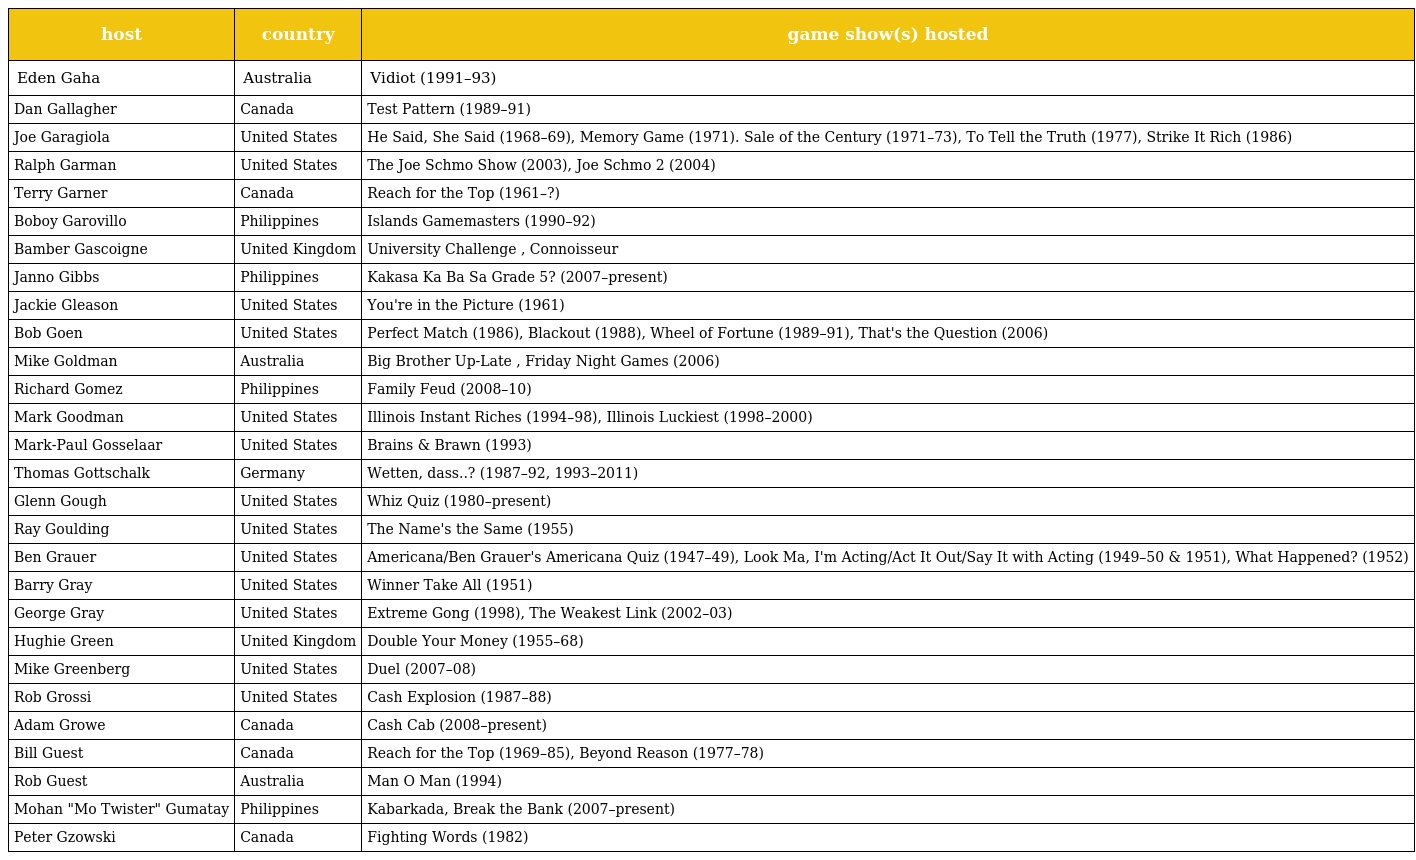
| host | country | game show(s) hosted |
 | --- | --- | --- |
 | Eden Gaha | Australia | Vidiot (1991–93) |
 | Dan Gallagher | Canada | Test Pattern (1989–91) |
 | Joe Garagiola | United States | He Said, She Said (1968–69), Memory Game (1971). Sale of the Century (1971–73), To Tell the Truth (1977), Strike It Rich (1986) |
 | Ralph Garman | United States | The Joe Schmo Show (2003), Joe Schmo 2 (2004) |
 | Terry Garner | Canada | Reach for the Top (1961–?) |
 | Boboy Garovillo | Philippines | Islands Gamemasters (1990–92) |
 | Bamber Gascoigne | United Kingdom | University Challenge , Connoisseur |
 | Janno Gibbs | Philippines | Kakasa Ka Ba Sa Grade 5? (2007–present) |
 | Jackie Gleason | United States | You're in the Picture (1961) |
 | Bob Goen | United States | Perfect Match (1986), Blackout (1988), Wheel of Fortune (1989–91), That's the Question (2006) |
 | Mike Goldman | Australia | Big Brother Up-Late , Friday Night Games (2006) |
 | Richard Gomez | Philippines | Family Feud (2008–10) |
 | Mark Goodman | United States | Illinois Instant Riches (1994–98), Illinois Luckiest (1998–2000) |
 | Mark-Paul Gosselaar | United States | Brains & Brawn (1993) |
 | Thomas Gottschalk | Germany | Wetten, dass..? (1987–92, 1993–2011) |
 | Glenn Gough | United States | Whiz Quiz (1980–present) |
 | Ray Goulding | United States | The Name's the Same (1955) |
 | Ben Grauer | United States | Americana/Ben Grauer's Americana Quiz (1947–49), Look Ma, I'm Acting/Act It Out/Say It with Acting (1949–50 & 1951), What Happened? (1952) |
 | Barry Gray | United States | Winner Take All (1951) |
 | George Gray | United States | Extreme Gong (1998), The Weakest Link (2002–03) |
 | Hughie Green | United Kingdom | Double Your Money (1955–68) |
 | Mike Greenberg | United States | Duel (2007–08) |
 | Rob Grossi | United States | Cash Explosion (1987–88) |
 | Adam Growe | Canada | Cash Cab (2008–present) |
 | Bill Guest | Canada | Reach for the Top (1969–85), Beyond Reason (1977–78) |
 | Rob Guest | Australia | Man O Man (1994) |
 | Mohan "Mo Twister" Gumatay | Philippines | Kabarkada, Break the Bank (2007–present) |
 | Peter Gzowski | Canada | Fighting Words (1982) |